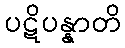
ပဋိပန္နာတိ